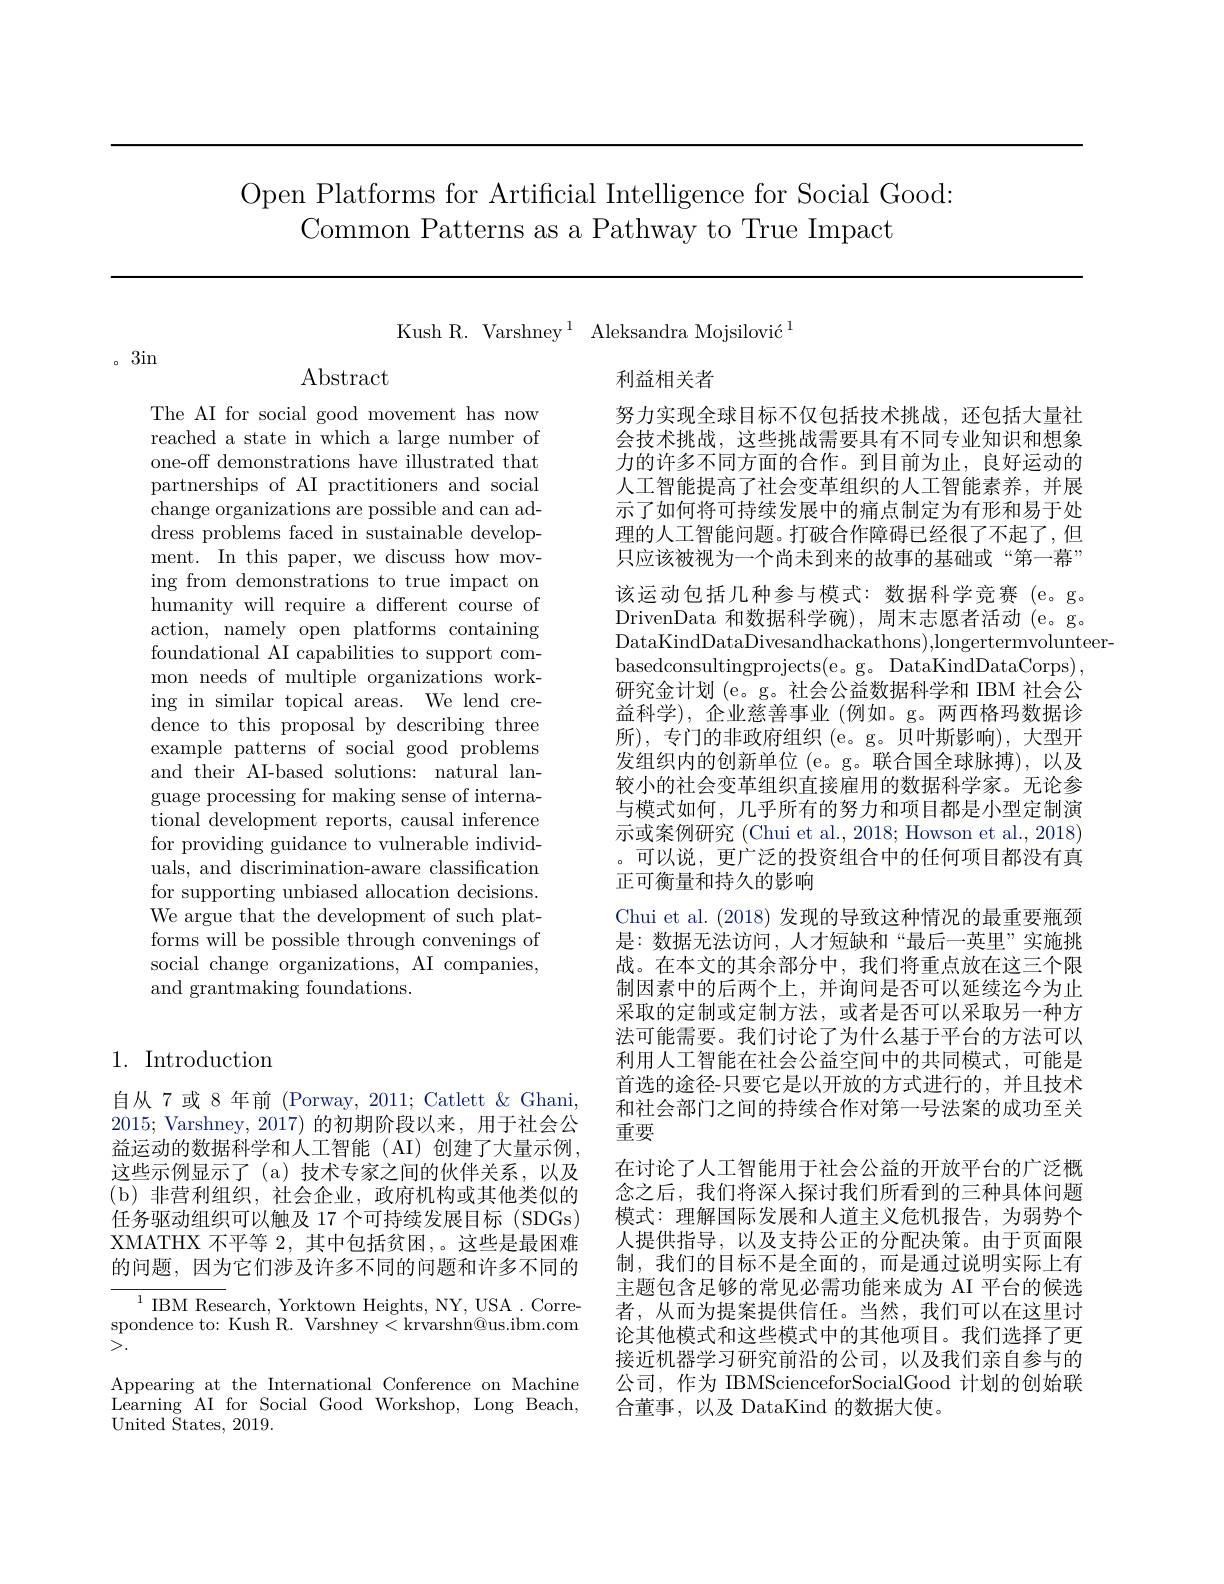
Open Platforms for Artificial Intelligence for Social Good:
Common Patterns as a Pathway to True Impact

Kush R. Varshney $^1$ Aleksandra Mojsilović$^1$

。3in

Abstract

The AI for social good movement has now reached a state in which a large number of one-off demonstrations have illustrated that partnerships of AI practitioners and social change organizations are possible and can address problems faced in sustainable development. In this paper, we discuss how moving from demonstrations to true impact on humanity will require a different course of action, namely open platforms containing foundational AI capabilities to support common needs of multiple organizations working in similar topical areas. We lend credence to this proposal by describing three example patterns of social good problems and their AI-based solutions: natural language processing for making sense of international development reports, causal inference for providing guidance to vulnerable individuals, and discrimination-aware classification for supporting unbiased allocation decisions. We argue that the development of such platforms will be possible through convenings of social change organizations, AI companies, and grantmaking foundations.

## 1. Introduction

自从 7 或 8 年前 (Porway, 2011; Catlett & Ghani, 2015; Varshney, 2017)的初期阶段以来，用于社会公益运动的数据科学和人工智能(AI)创建了大量示例， 这些示例显示了(a)技术专家之间的伙伴关系，以及(b)非营利组织，社会企业，政府机构或其他类似的任务驱动组织可以触及 17 个可持续发展目标 (SDGs) XMATHX 不平等 2, 其中包括贫困，。这些是最困难的问题，因为它们涉及许多不同的问题和许多不同的

${^{1}\text{IBM Research, Yorktown Heights, NY, USA. Corre-}}$ spondence to: Kush' R. Varshney < krvarshn@us.ibm.com >.
Appearing at the International Conference on Machine Learning AI for Social Good Workshop, Long Beach, ${\mathrm{United~}}{\mathrm{~States,~2019.}}$

利益相关者
努力实现全球目标不仅包括技术挑战，还包括大量社会技术挑战，这些挑战需要具有不同专业知识和想象力的许多不同方面的合作。到目前为止，良好运动的人工智能提高了社会变革组织的人工智能素养，并展示了如何将可持续发展中的痛点制定为有形和易于处理的人工智能问题。打破合作障碍已经很了不起了，但只应该被视为一个尚未到来的故事的基础或“第一幕” 该运动包括几种参与模式：数据科学竞赛(e。g。DrivenData 和数据科学碗),周末志愿者活动(e。g。DataKindDataDivesandhackathons),longertermvolunteer-
basedconsultingprojects(e。g。DataKindDataCorps), 研究金计划 (e。g。社会公益数据科学和 IBM 社会公益科学), 企业慈善事业 (例如。g。两西格玛数据诊所),专门的非政府组织(e。g。贝叶斯影响),大型开发组织内的创新单位 (e。g。联合国全球脉搏),以及较小的社会变革组织直接雇用的数据科学家。无论参与模式如何，几乎所有的努力和项目都是小型定制演示或案例研究 (Chui et al., 2018; Howson et al., 2018) 。可以说，更广泛的投资组合中的任何项目都没有真正可衡量和持久的影响
Chui et al. (2018)发现的导致这种情况的最重要瓶颈是：数据无法访问，人才短缺和“最后一英里”实施挑战。在本文的其余部分中，我们将重点放在这三个限制因素中的后两个上，并询问是否可以延续迄今为止采取的定制或定制方法，或者是否可以采取另一种方法可能需要。我们讨论了为什么基于平台的方法可以利用人工智能在社会公益空间中的共同模式，可能是首选的途径-只要它是以开放的方式进行的，并且技术和社会部门之间的持续合作对第一号法案的成功至关重要
在讨论了人工智能用于社会公益的开放平台的广泛概念之后，我们将深人探讨我们所看到的三种具体问题模式：理解国际发展和人道主义危机报告，为弱势个人提供指导，以及支持公正的分配决策。由于页面限制，我们的目标不是全面的，而是通过说明实际上有主题包含足够的常见必需功能来成为 AI 平台的候选者，从而为提案提供信任。当然，我们可以在这里讨论其他模式和这些模式中的其他项目。我们选择了更接近机器学习研究前沿的公司，以及我们亲自参与的公司，作为 IBMScienceforSocialGood 计划的创始联合董事，以及 DataKind 的数据大使。